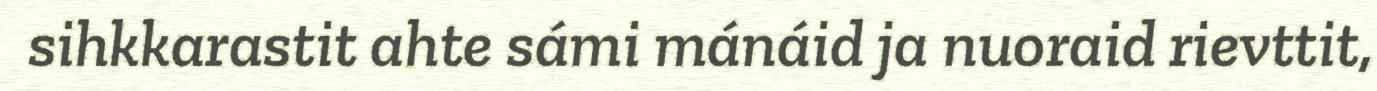
sihkkarastit ahte sámi mánáid ja nuoraid rievttit,